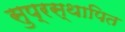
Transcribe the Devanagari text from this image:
सुप्रस्थापित